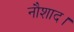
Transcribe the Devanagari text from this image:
नौशाद।